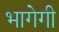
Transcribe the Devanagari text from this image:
भागेगी